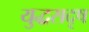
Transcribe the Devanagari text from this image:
युद्धसदृष